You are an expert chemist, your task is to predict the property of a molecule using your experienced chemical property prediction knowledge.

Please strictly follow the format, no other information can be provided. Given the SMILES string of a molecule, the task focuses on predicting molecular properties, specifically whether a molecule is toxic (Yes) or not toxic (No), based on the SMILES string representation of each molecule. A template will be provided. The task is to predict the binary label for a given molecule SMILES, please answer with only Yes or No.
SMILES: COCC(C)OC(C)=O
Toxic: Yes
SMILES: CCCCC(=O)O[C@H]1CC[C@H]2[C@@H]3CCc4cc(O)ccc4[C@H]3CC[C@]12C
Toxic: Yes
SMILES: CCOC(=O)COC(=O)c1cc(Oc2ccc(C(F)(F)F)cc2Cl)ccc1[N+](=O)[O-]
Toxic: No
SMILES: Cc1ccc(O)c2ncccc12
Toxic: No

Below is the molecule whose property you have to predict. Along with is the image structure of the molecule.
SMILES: CCCOC(=O)c1ccc(O)cc1
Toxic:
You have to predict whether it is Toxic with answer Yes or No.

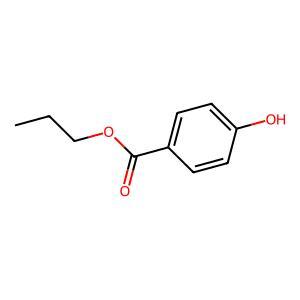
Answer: No